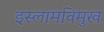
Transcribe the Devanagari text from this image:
इस्लामविमुख